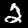
Label: 2